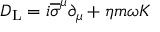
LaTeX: D _ { \mathrm { { L } } } = i { \overline { { \sigma } } } ^ { \mu } \partial _ { \mu } + \eta m \omega K